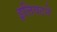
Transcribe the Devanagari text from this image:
इलियटने